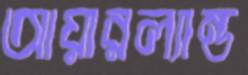
আয়ারল্যান্ড